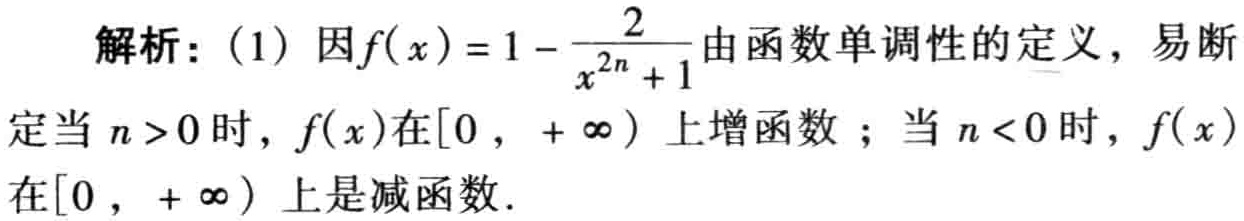
解析：(1) 因\(f(x)=1 - \frac{2}{x^{2n}+1}\)由函数单调性的定义，易断定当\(n > 0\)时，\(f(x)\)在\([0, +\infty)\)上增函数；当\(n < 0\)时，\(f(x)\)在\([0, +\infty)\)上是减函数.